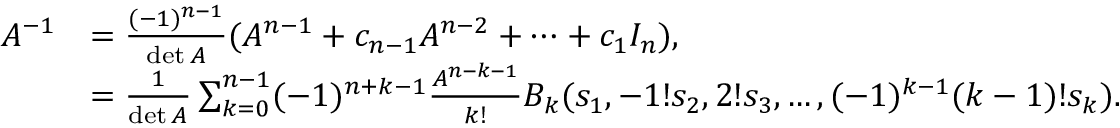
{ \begin{array} { r l } { A ^ { - 1 } } & { = { \frac { ( - 1 ) ^ { n - 1 } } { \operatorname* { d e t } A } } ( A ^ { n - 1 } + c _ { n - 1 } A ^ { n - 2 } + \cdots + c _ { 1 } I _ { n } ) , } \\ & { = { \frac { 1 } { \operatorname* { d e t } A } } \sum _ { k = 0 } ^ { n - 1 } ( - 1 ) ^ { n + k - 1 } { \frac { A ^ { n - k - 1 } } { k ! } } B _ { k } ( s _ { 1 } , - 1 ! s _ { 2 } , 2 ! s _ { 3 } , \ldots , ( - 1 ) ^ { k - 1 } ( k - 1 ) ! s _ { k } ) . } \end{array} }